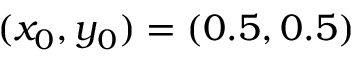
( x _ { 0 } , y _ { 0 } ) = ( 0 . 5 , 0 . 5 )